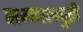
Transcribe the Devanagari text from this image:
समबलपुरी